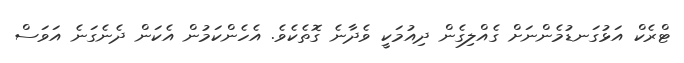
ޓްރެކް އަޅުގަނޑުމެންނަށް ގެއްލިގެން ދިއުމަކީ ވެދާނެ ގޮތެކެވެ. އެހެންކަމުން އެކަން ދެނެގަނެ އަވަސް